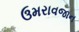
ઉમરાવજાન